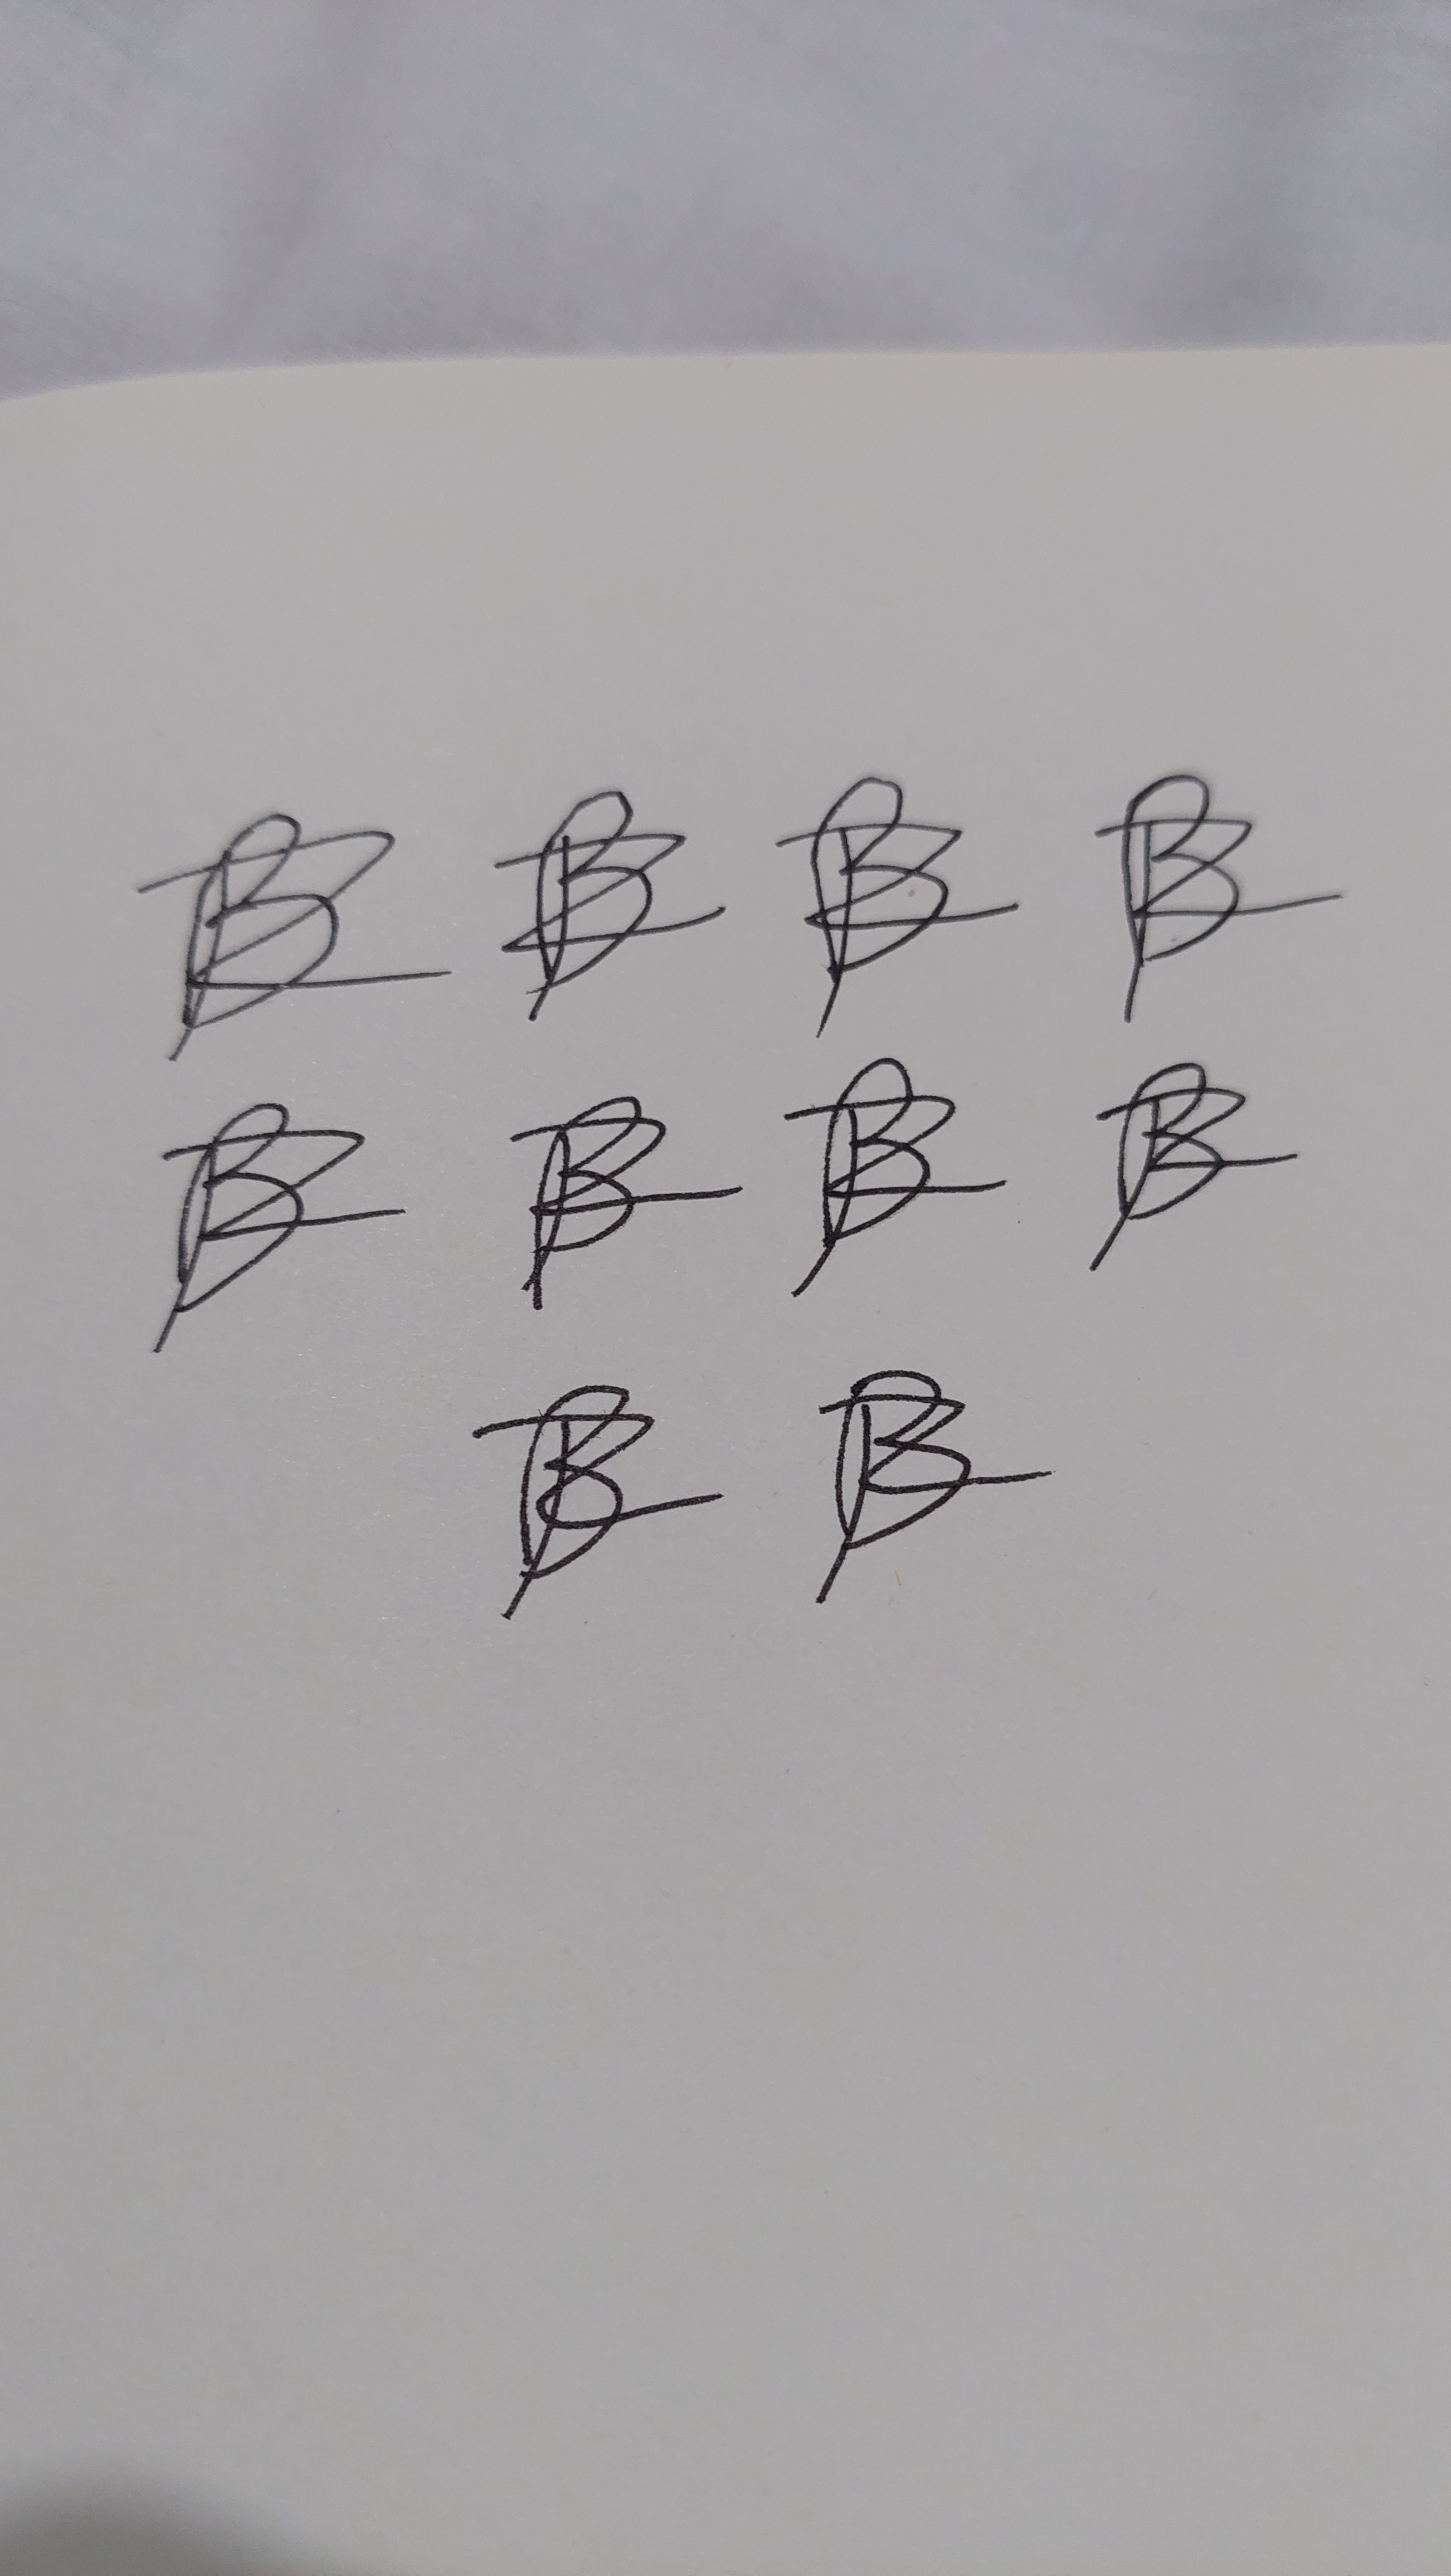
Signature authenticity: forged